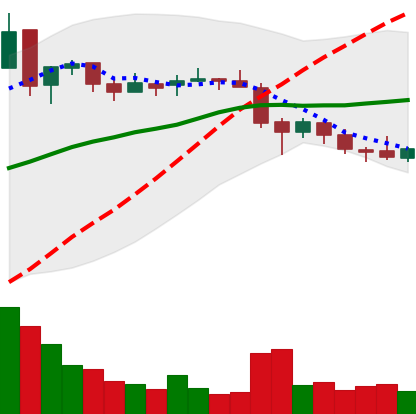
Ticker: EOS-USD
Chart end date: 2018-05-18
Forward return: -16.302%
Label: down_7plus